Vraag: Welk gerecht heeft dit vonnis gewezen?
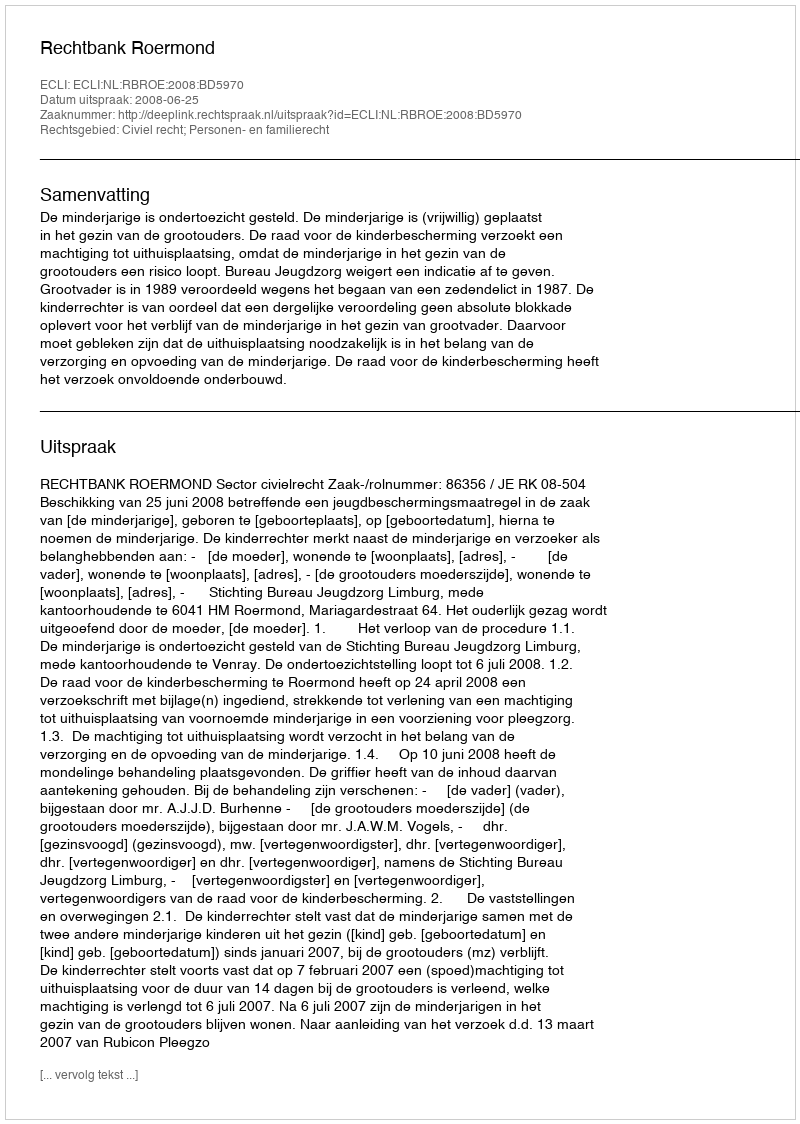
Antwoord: Rechtbank Roermond